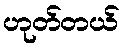
ဟုတ်တယ်